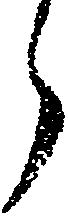
ら